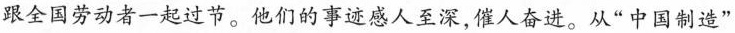
跟全国劳动者一起过节。他们的事迹感人至深，催人奋进。从”中国制造”